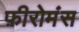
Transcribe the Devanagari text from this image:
फ़ीरोमंस